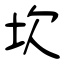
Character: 坎